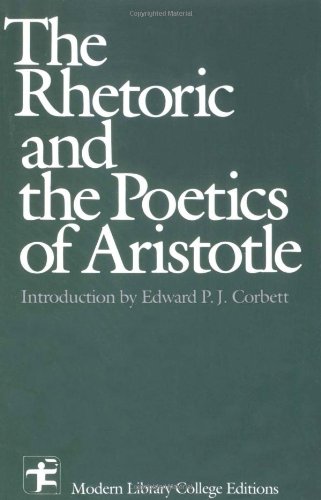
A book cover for The Rhetoric and the Poetics of Aristotle; Aristotle; Literature & Fiction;